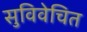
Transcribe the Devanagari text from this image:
सुविवेचित